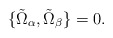
\begin{align*}\{ \tilde{\Omega}_\alpha, \tilde{\Omega}_\beta \} = 0.\end{align*}